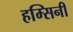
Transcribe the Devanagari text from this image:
हम्सिनी